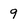
Character: 9